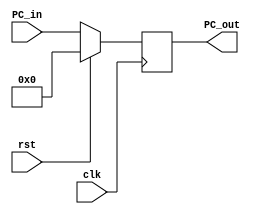

module PC #(parameter n=16)(
    output reg [n-1:0] PC_out,
    input [n-1:0] PC_in,
	 input clk,rst
    );


    always @ (posedge clk )
    begin
        if(rst)
        begin
            PC_out<=16'h0000;
        end
        else 
        begin
             PC_out<=PC_in ;
        end 
    end
endmodule